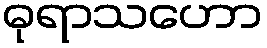
ဓုရာသဟော